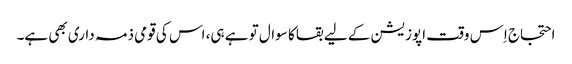
احتجاج اِس وقت اپوزیشن کے لیے بقا کا سوال تو ہے ہی، اس کی قومی ذمہ داری بھی ہے۔